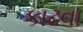
કાઢવા